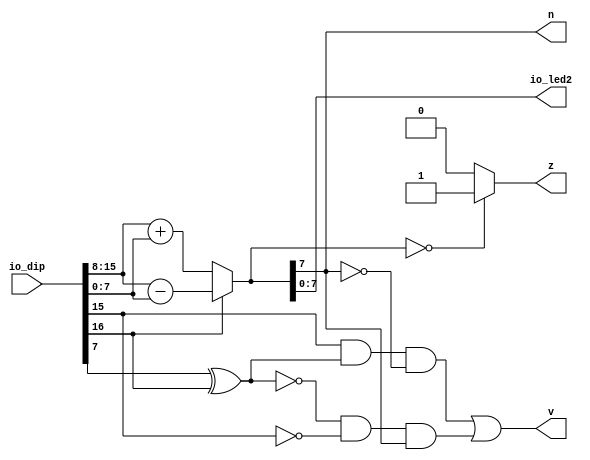
/*
   This file was generated automatically by the Mojo IDE version B1.3.4.
   Do not edit this file directly. Instead edit the original Lucid source.
   This is a temporary file and any changes made to it will be destroyed.
*/

module add_6 (
    output reg [7:0] io_led2,
    input [23:0] io_dip,
    output reg z,
    output reg v,
    output reg n
  );
  
  
  
  reg [8:0] result;
  
  always @* begin
    if (io_dip[16+0+0-:1] == 1'h0) begin
      result = io_dip[8+7-:8] + io_dip[0+7-:8];
    end else begin
      result = io_dip[8+7-:8] - io_dip[0+7-:8];
    end
    io_led2 = result[0+7-:8];
    if (result == 1'h0) begin
      z = 1'h1;
    end else begin
      z = 1'h0;
    end
    v = (io_dip[8+7+0-:1] & (io_dip[0+7+0-:1] ^ io_dip[16+0+0-:1]) & (~result[7+0-:1])) | ((~(io_dip[0+7+0-:1] ^ io_dip[16+0+0-:1])) & (~io_dip[8+7+0-:1]) & result[7+0-:1]);
    n = result[7+0-:1];
  end
endmodule